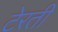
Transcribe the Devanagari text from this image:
टेरती